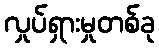
လှုပ်ရှားမှုတစ်ခု